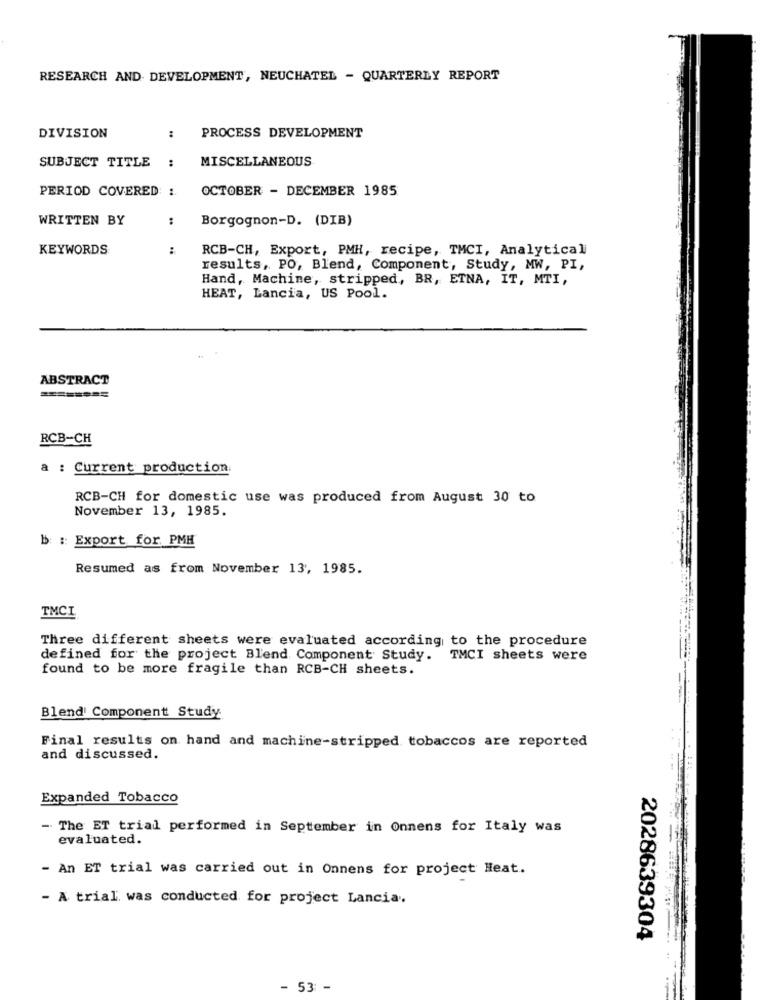
RESEARCH AND DEVELOPMENT, NEUCHATEL - QUARTERLY REPORT
DIVISION
:
PROCESS DEVELOPMENT
:
MISCELLANEOUS
SUBJECT TITLE
PERIOD COVERED !
OCTOBER - DECEMBER 1985
WRITTEN BY
:
Borgognon-D. (DIB)
KEYWORDS
:
RCB-CH, Export, PMH, recipe, TMCI, Analytical
results, PO, Blend, Component, Study, MW, PI,
Hand, Machine, stripped, BR, ETNA, IT, MTI,
HEAT, Lancia, US Pool.
ABSTRACT
========
RCB-CH
a : Current production.
RCB-CH for domestic use was produced from August 30 to
November 13, 1985.
b : Export for PMH
Resumed as from November 13, 1985.
TMCI
Three different sheets were evaluated according to the procedure
defined for the project Blend Component Study.
TMCI sheets were
found to be more fragile than RCB-CH sheets.
Blend Component Study
Final results on hand and machine-stripped tobaccos are reported
and discussed.
Expanded Tobacco
- The ET trial performed in September in Onnens for Italy was
evaluated.
- An ET trial was carried out in Onnens for project Heat.
- A trial was conducted for project Lancia ..
2028639304
- 53: -